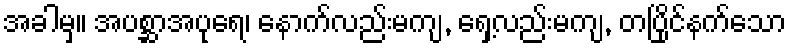
အခါမှ။ အပစ္ဆာအပုရေ၊ နောက်လည်းမကျ, ရှေ့လည်းမကျ, တပြိုင်နက်သော